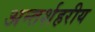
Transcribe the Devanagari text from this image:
अन्तर्शहरीय